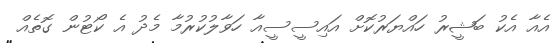
އެއާ އެކު ބަޝީރު ހައްޔަރުކޮށް އައިސީސީއާ ހަވާލުކުރުމާ މެދު އެ ކޯޓުން ގޮތެއް